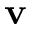
\mathbf { v }